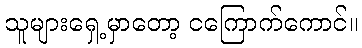
သူများရှေ့မှာတော့ ငကြောက်ကောင်။